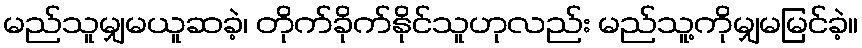
မည်သူမျှမယူဆခဲ့၊ တိုက်ခိုက်နိုင်သူဟုလည်း မည်သူ့ကိုမျှမမြင်ခဲ့။